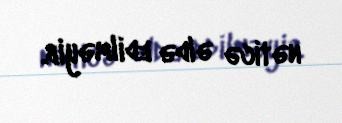
nəticə əldə edilməyib.